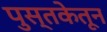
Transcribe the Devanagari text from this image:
पुस्तकेतून